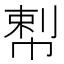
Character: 𢃴